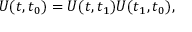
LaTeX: U ( t , t _ { 0 } ) = U ( t , t _ { 1 } ) U ( t _ { 1 } , t _ { 0 } ) ,